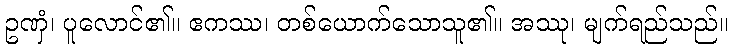
ဥဏှံ၊ ပူလောင်၏။ ဧကဿ၊ တစ်ယောက်သောသူ၏။ အဿု၊ မျက်ရည်သည်။